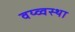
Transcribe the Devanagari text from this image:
वय्व्वस्था